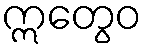
ဣတွေဝ